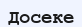
Досеке